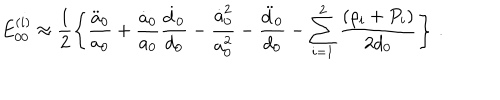
LaTeX: E _ { 0 0 } ^ { ( i ) } \approx \frac { 1 } { 2 } \left\{ \frac { \ddot { a } _ { 0 } } { a _ { 0 } } + \frac { \dot { a } _ { 0 } } { a _ { 0 } } \frac { \dot { d } _ { 0 } } { d _ { 0 } } - \frac { \dot { a } _ { 0 } ^ { 2 } } { a _ { 0 } ^ { 2 } } - \frac { \ddot { d } _ { 0 } } { d _ { 0 } } - \sum _ { i = 1 } ^ { 2 } \frac { ( \rho _ { i } + P _ { i } ) } { 2 d _ { 0 } } \right\} \, .